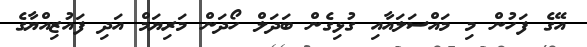
އޭގެ ފަހުން މި މައްސަލައާއި ގުޅިގެން ބަދަލް ހޯދަން މަރިޔަމް އަދި ފައުޒިއްޔާގެ